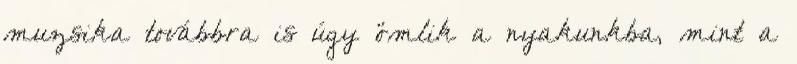
muzsika továbbra is úgy ömlik a nyakunkba, mint a